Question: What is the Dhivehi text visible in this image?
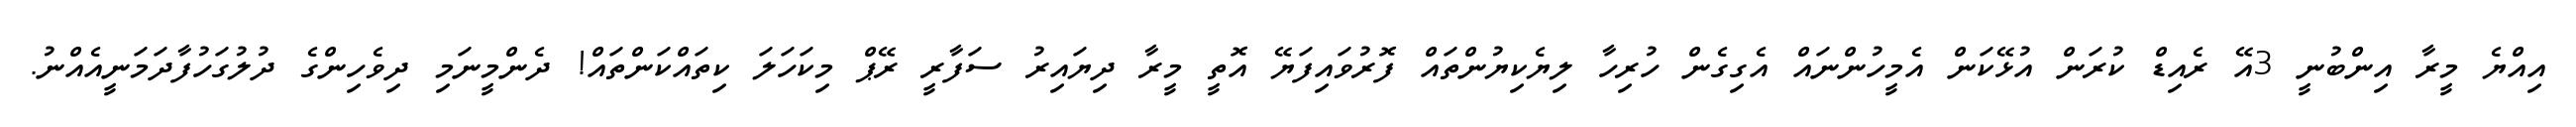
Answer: އިއްޔެ މީރާ އިންބުނީ 3އޭ ރެއިޑް ކުރަން އުޅޭކަން އެމީހުންނައް އެގިގެން ހުރިހާ ލިޔެކިޔުންތައް ފޮރުވައިފަޔޭ އޮތީ މީރާ ދިޔައިރު ސަފާރީ ރޭޕް މިކަހަލަ ކިތައްކަންތައް! ދެންމީނަމި ދިވެހިންގެ ދުލުގަހުފާދަމަނީއެއްނު.